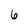
Character: 6